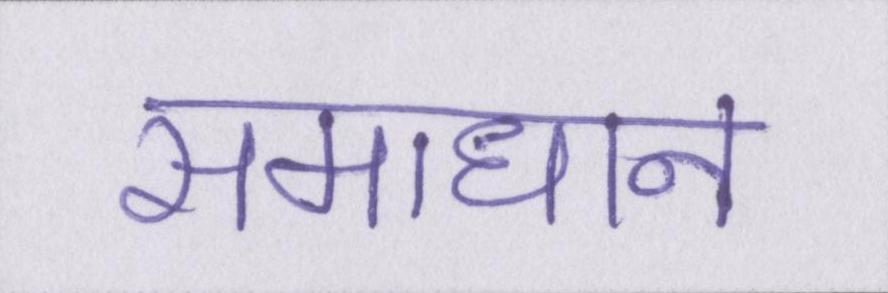
समाधान